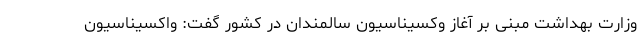
وزارت بهداشت مبنی بر آغاز وکسیناسیون سالمندان در کشور گفت: واکسیناسیون